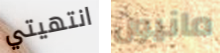
انتهيتي مانيون